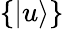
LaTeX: \{ |u\rangle\}